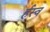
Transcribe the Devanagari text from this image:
र्हस्व